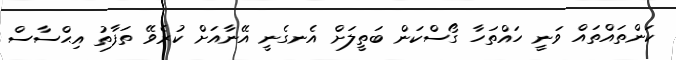
ކަންތައްތައް ވަނީ ހައްތަހާ ގޯސްކަން ބަތީލަށް އެނގެނީ އޭނާއަށް ކުރެވޭ ތަފާތު އިޙްސާސް